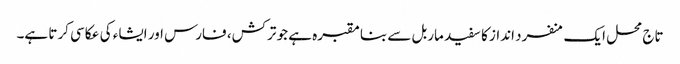
تاج محل ایک منفرد انداز کا سفید ماربل سے بنا مقبرہ ہے جو ترکش، فارس اور ایشاء کی عکاسی کرتا ہے۔